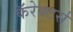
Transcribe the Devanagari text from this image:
कॅरेक्टर्स